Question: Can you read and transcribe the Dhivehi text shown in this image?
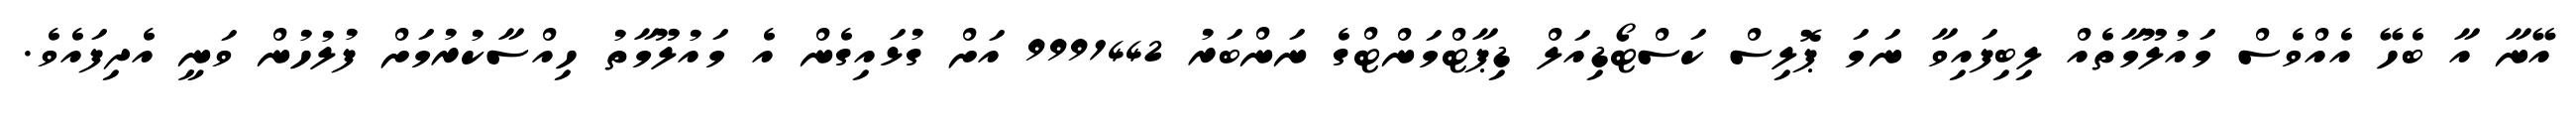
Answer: އޭނާ އާ ބެހޭ އެއްވެސް މައުލޫމާތެއް ލިބިފައިވާ ނަމަ ޕޮލިސް ކަސްޓޯޑިއަލް ޑިޕާޓްމަންޓްގެ ނަންބަރު 9991442 އަށް ގުޅައިގެން އެ މައުލޫމާތު ހިއްސާކުރުމަށް ފުލުހުން ވަނީ އެދިފައެވެ.